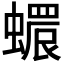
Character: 𧑩